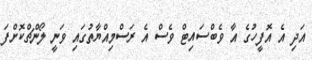
އަދި އެ އޮފީހުގެ އާ ވެބްސައިޓް ވެސް އެ ރަސްމިއްޔާތުގައި ވަނީ ލޯންޗްކޮށްފަ